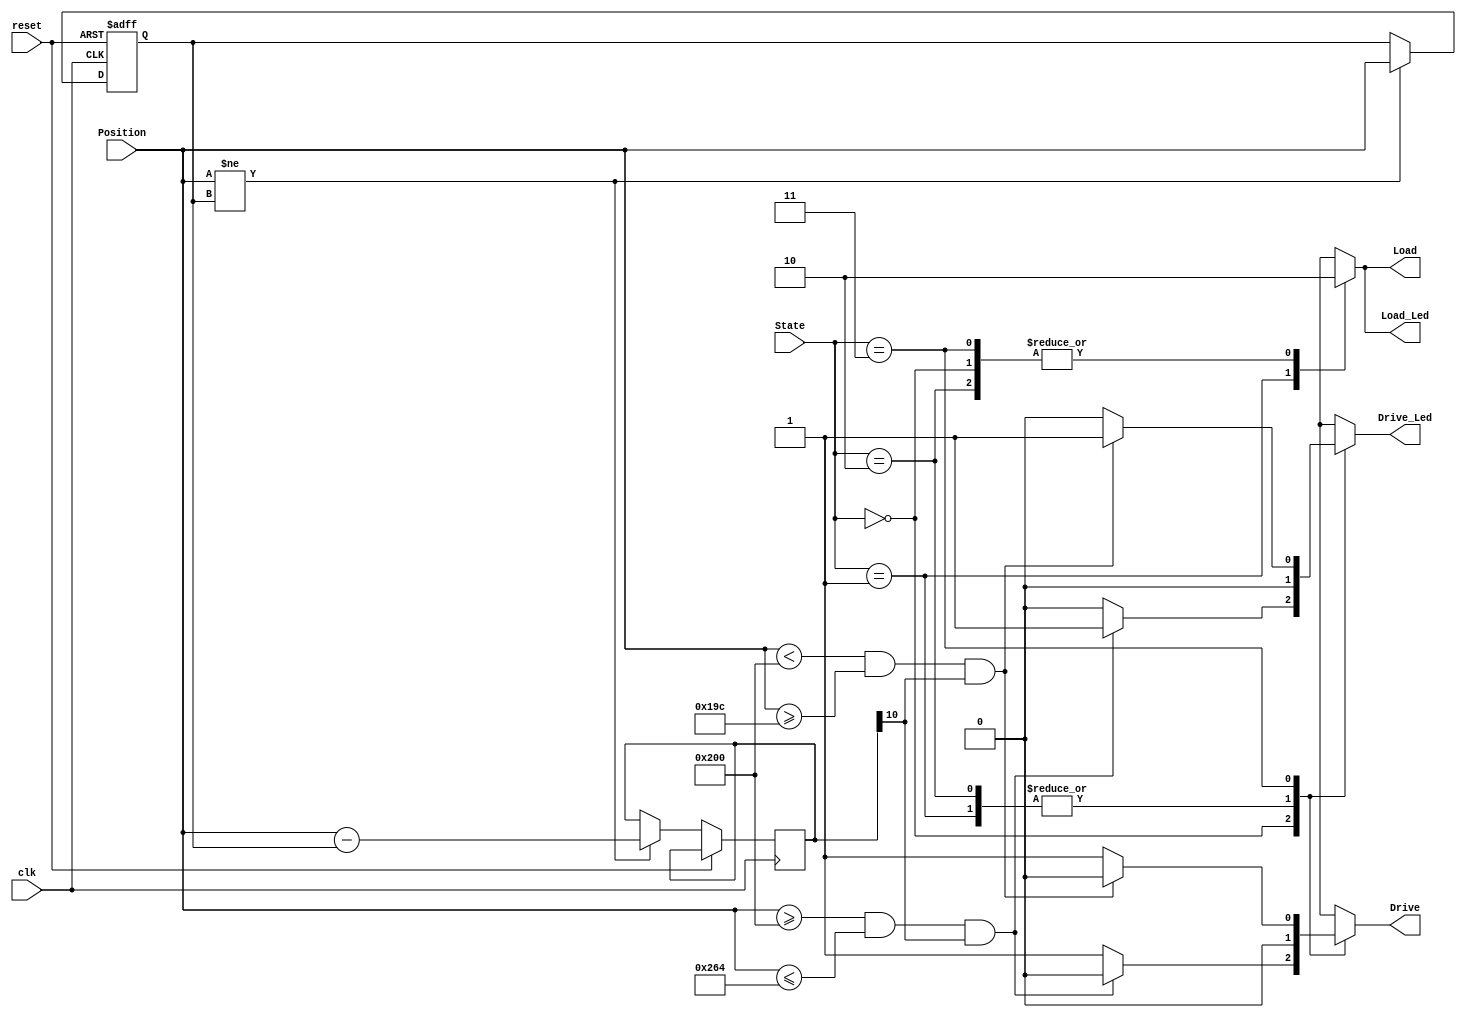



module Pendulum(
  input clk,
  input reset,
  input [9:0] Position,
  input[1:0] State,
  output Drive,
  output Load,
  output Drive_Led,
  output Load_Led
  
    );
    
  //  reg[2:0] Currnet_state;
  //  reg[2:0] Next_state;
    reg Drive_R;
    reg Load_R;
    reg Drive_Led_R;
    reg Load_Led_R;
    
    assign Drive = Drive_R;
    assign Load = Load_R;
    assign Drive_Led = Drive_Led_R;
    assign Load_Led = Load_Led_R;
    
    
    reg signed [10:0] Direction;
    
    
    
  
    reg[9:0] Last_P;
     
  //   assign Direction = P - Last_P;
    
    localparam Braking =2'b00;
    localparam Short =2'b01;
    localparam Open = 2'b10;
    localparam Driving =  2'b11;
    
    always@(posedge clk or posedge reset ) begin
     if(reset) begin
    //  Position <= 0;
      Last_P <= 0;
      end
      else if (Position!=Last_P) begin
      Direction <= Position - Last_P;
      Last_P <= Position;
      end
      
    
    
    
    end
    
    
    
    
    
    
    
    always@* begin
        case(State)
            Braking:begin  //Providing resistance and power
        /*        if( Position <= 412 || Position >= 612 )begin  // Position < -100 OR > +100 open D and L
                    Drive_R = 0;
                    Load_R = 0;
                    Drive_Led_R = 0;
                    Load_Led_R = 0;
                end   
                else if (Position >= 512 && Position <= 512 && Direction[9]) begin   //if the position between 0 to 100 and dP is positive.
                    Drive_R = 1;
                    Load_R = 0;
                    Drive_Led_R = 1;
                    Load_Led_R = 0; 
                end
                 else */ 
               //   if (Position < 512 && Position >= 412 && !Direction[10]) begin   //if the position between -100 to 0 and dP is positive.
                if (Position >= 512 && Position <= 612 && Direction[10]) begin   //if the position between 0 to 100 and dP is positive.
                    Drive_R = 0;
                    Load_R = 0;
                    Drive_Led_R = 1;
                    Load_Led_R = 0; 
                end    
                else begin   
                    Drive_R = 1;
                    Load_R = 0;
                    Drive_Led_R = 0;
                    Load_Led_R = 0;  
                end          
            
             end
            
            Short:begin // Short circuit L=1 D=0
                Drive_R = 0;
                Load_R = 1;
                Drive_Led_R = 0;
                Load_Led_R = 1;
            end   
             
            Open:begin   //Free running
                Drive_R = 0; 
                Load_R = 0;
                Drive_Led_R = 0;
                Load_Led_R = 0;
            end
            
            Driving:begin
               if (Position < 512 && Position >= 412 && Direction[10]) begin   //if the position between -100 to 0 and dP is positive.
           //     if (Position >= 512 && Position <= 612 && !Direction[10]) begin   //if the position between 0 to 100 and dP is positive.
                       Drive_R = 0;
                       Load_R = 0;
                       Drive_Led_R = 1;
                       Load_Led_R = 0; 
                end
                
                else begin   
                     Drive_R = 1;
                     Load_R = 0;
                     Drive_Led_R = 0;
                     Load_Led_R = 0;  
                 end   
                
            end  
            
            endcase
     end          
endmodule